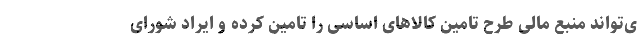
ی‌تواند منبع مالی طرح تامین کالاهای اساسی را تامین کرده و ایراد شورای